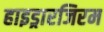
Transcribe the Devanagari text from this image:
हाइड्रारजिरम